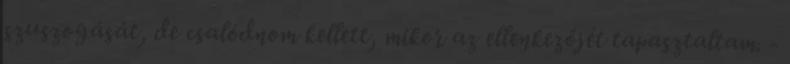
szuszogását, de csalódnom kellett, mikor az ellenkezőjét tapasztaltam. -